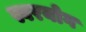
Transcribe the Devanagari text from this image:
स्वरयोग